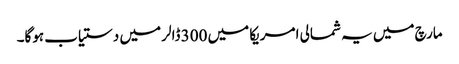
مارچ میں یہ شمالی امریکا میں 300 ڈالر میں دستیاب ہوگا۔